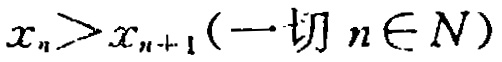
$x_{n}>x_{n + 1}(\forall n\in N)$